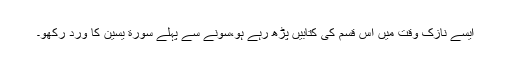
ایسے نازک وقت میں اس قسم کی کتابیں پڑھ رہے ہو،سونے سے پہلے سورة یسین کا ورد رکھو۔